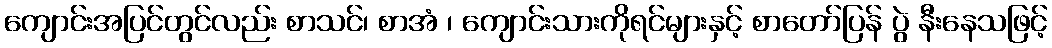
ကျောင်းအပြင်တွင်လည်း စာသင်၊ စာအံ ၊ ကျောင်းသားကိုရင်များနှင့် စာတော်ပြန် ပွဲ နီးနေသဖြင့်